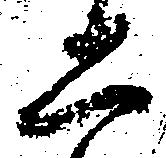
二